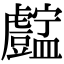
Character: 𥃓